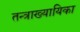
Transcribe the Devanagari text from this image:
तन्त्राख्यायिका